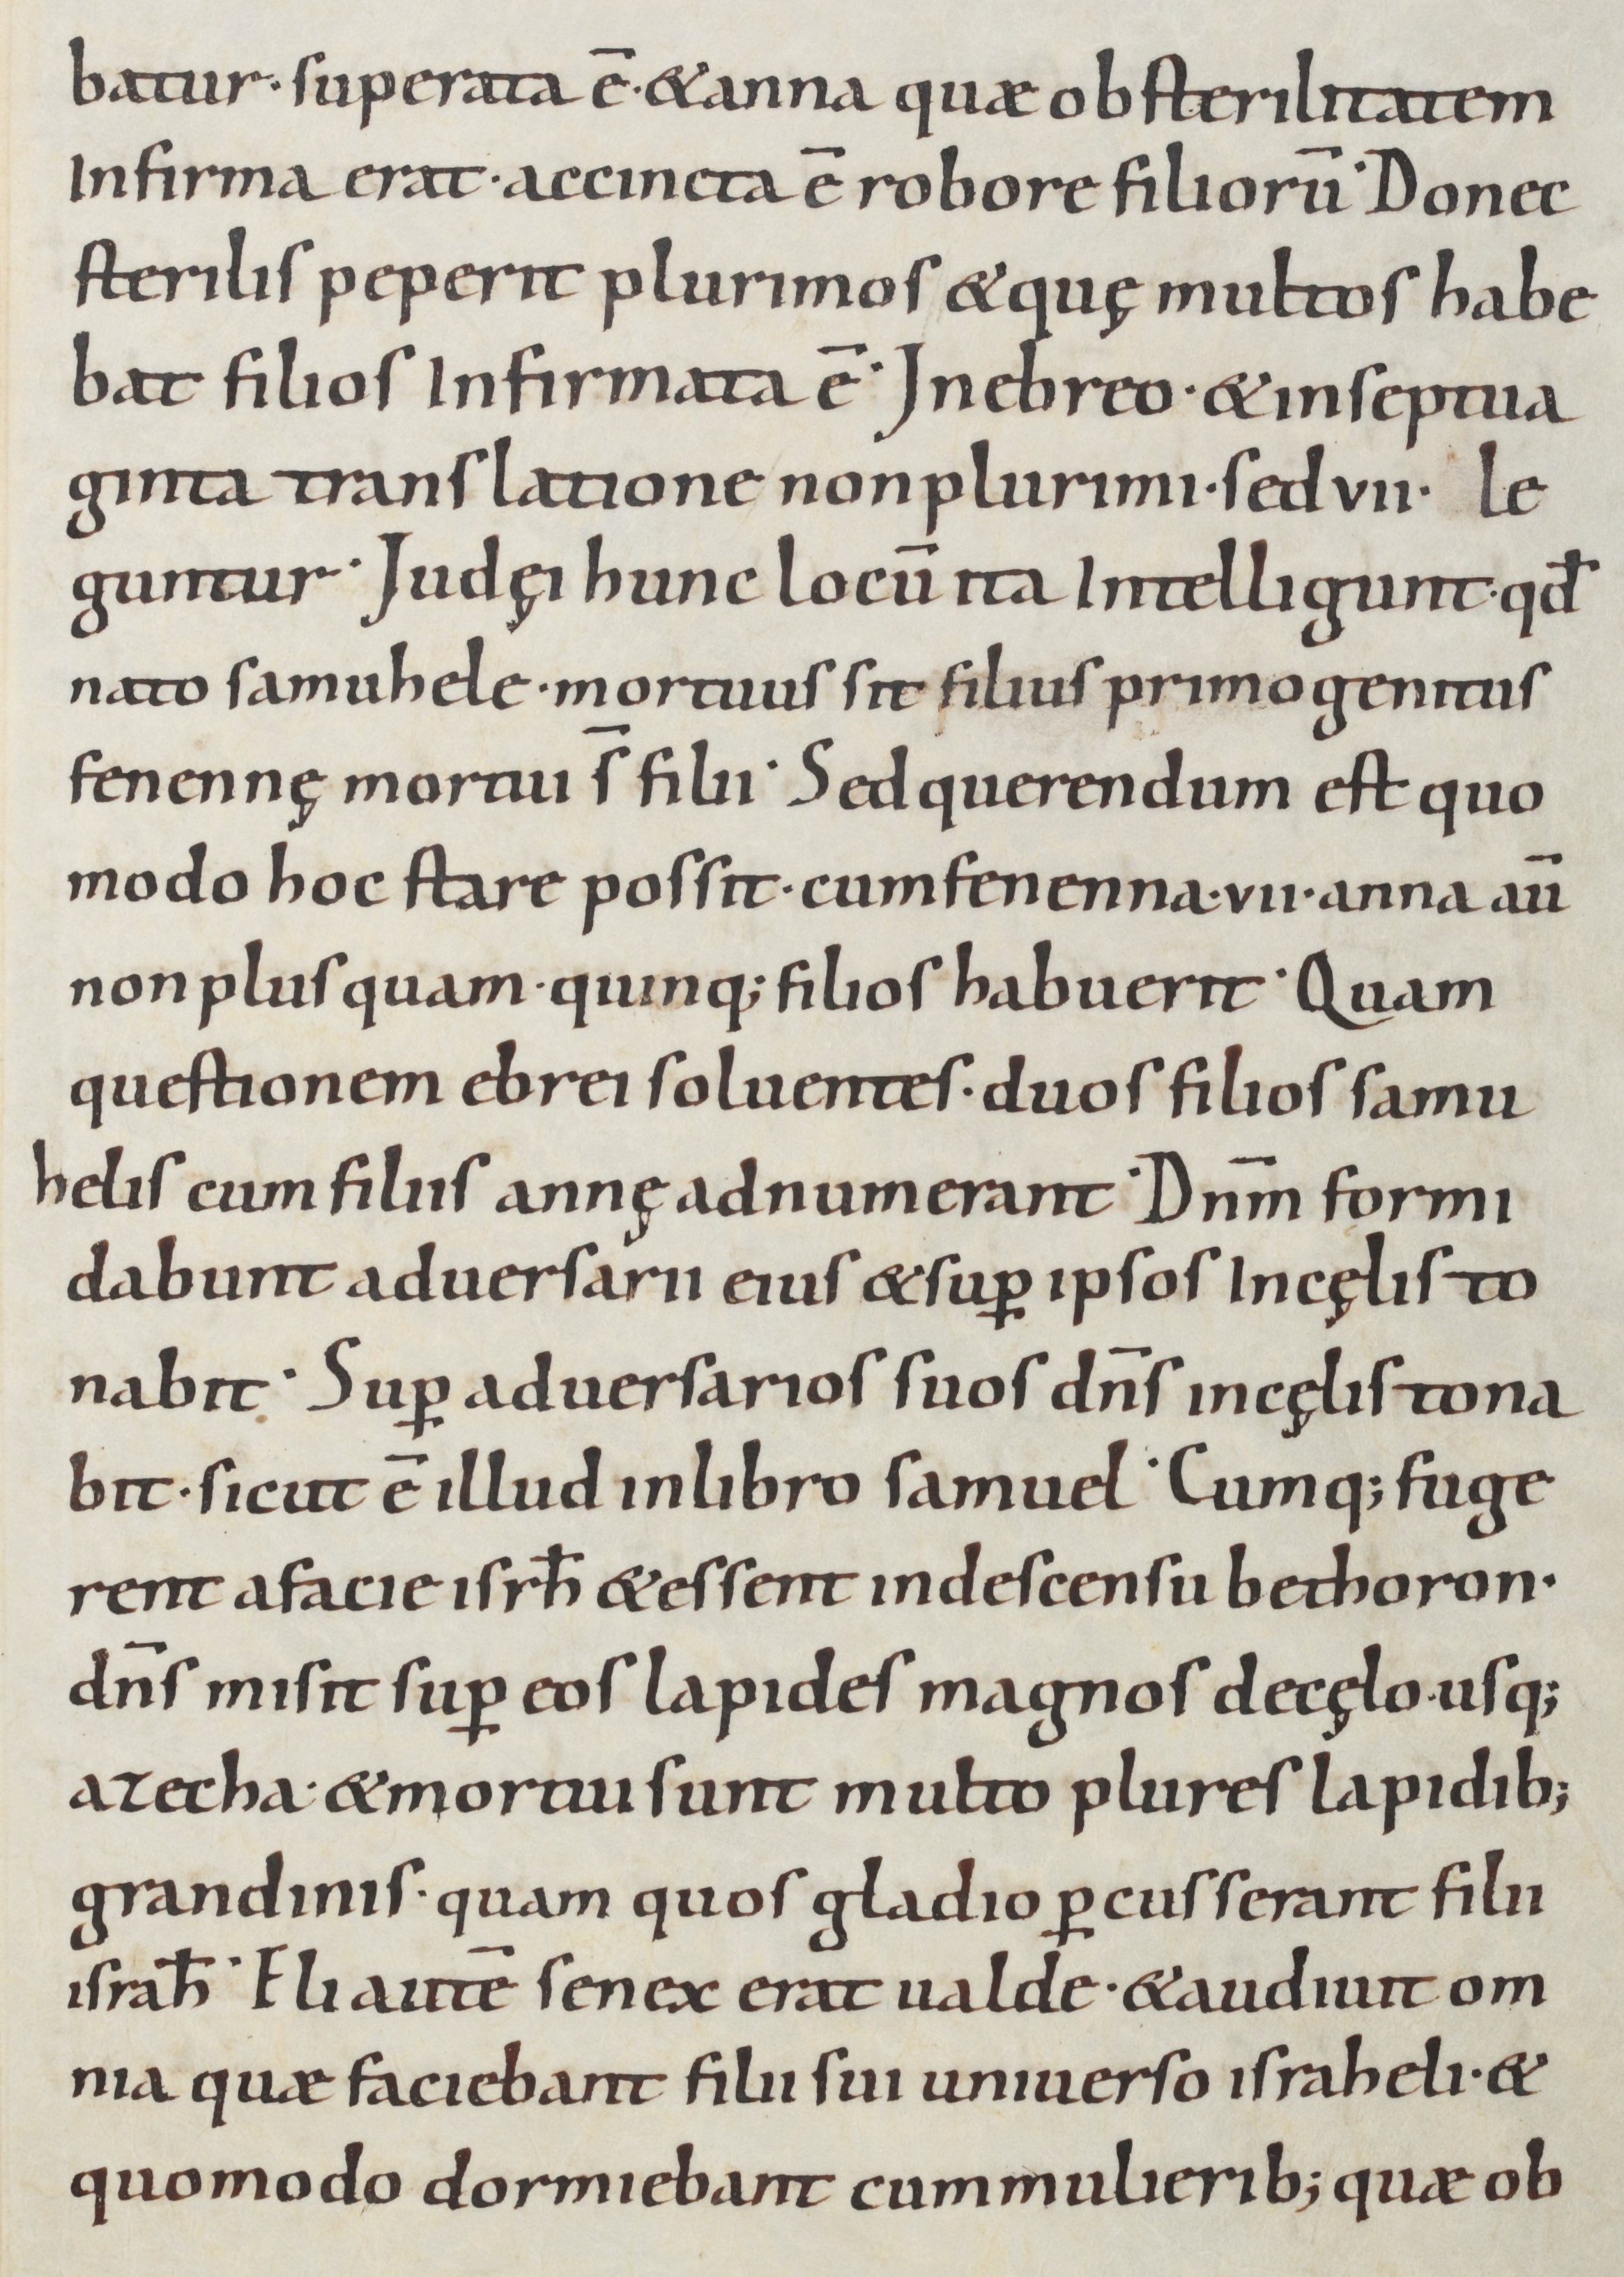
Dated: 800–899